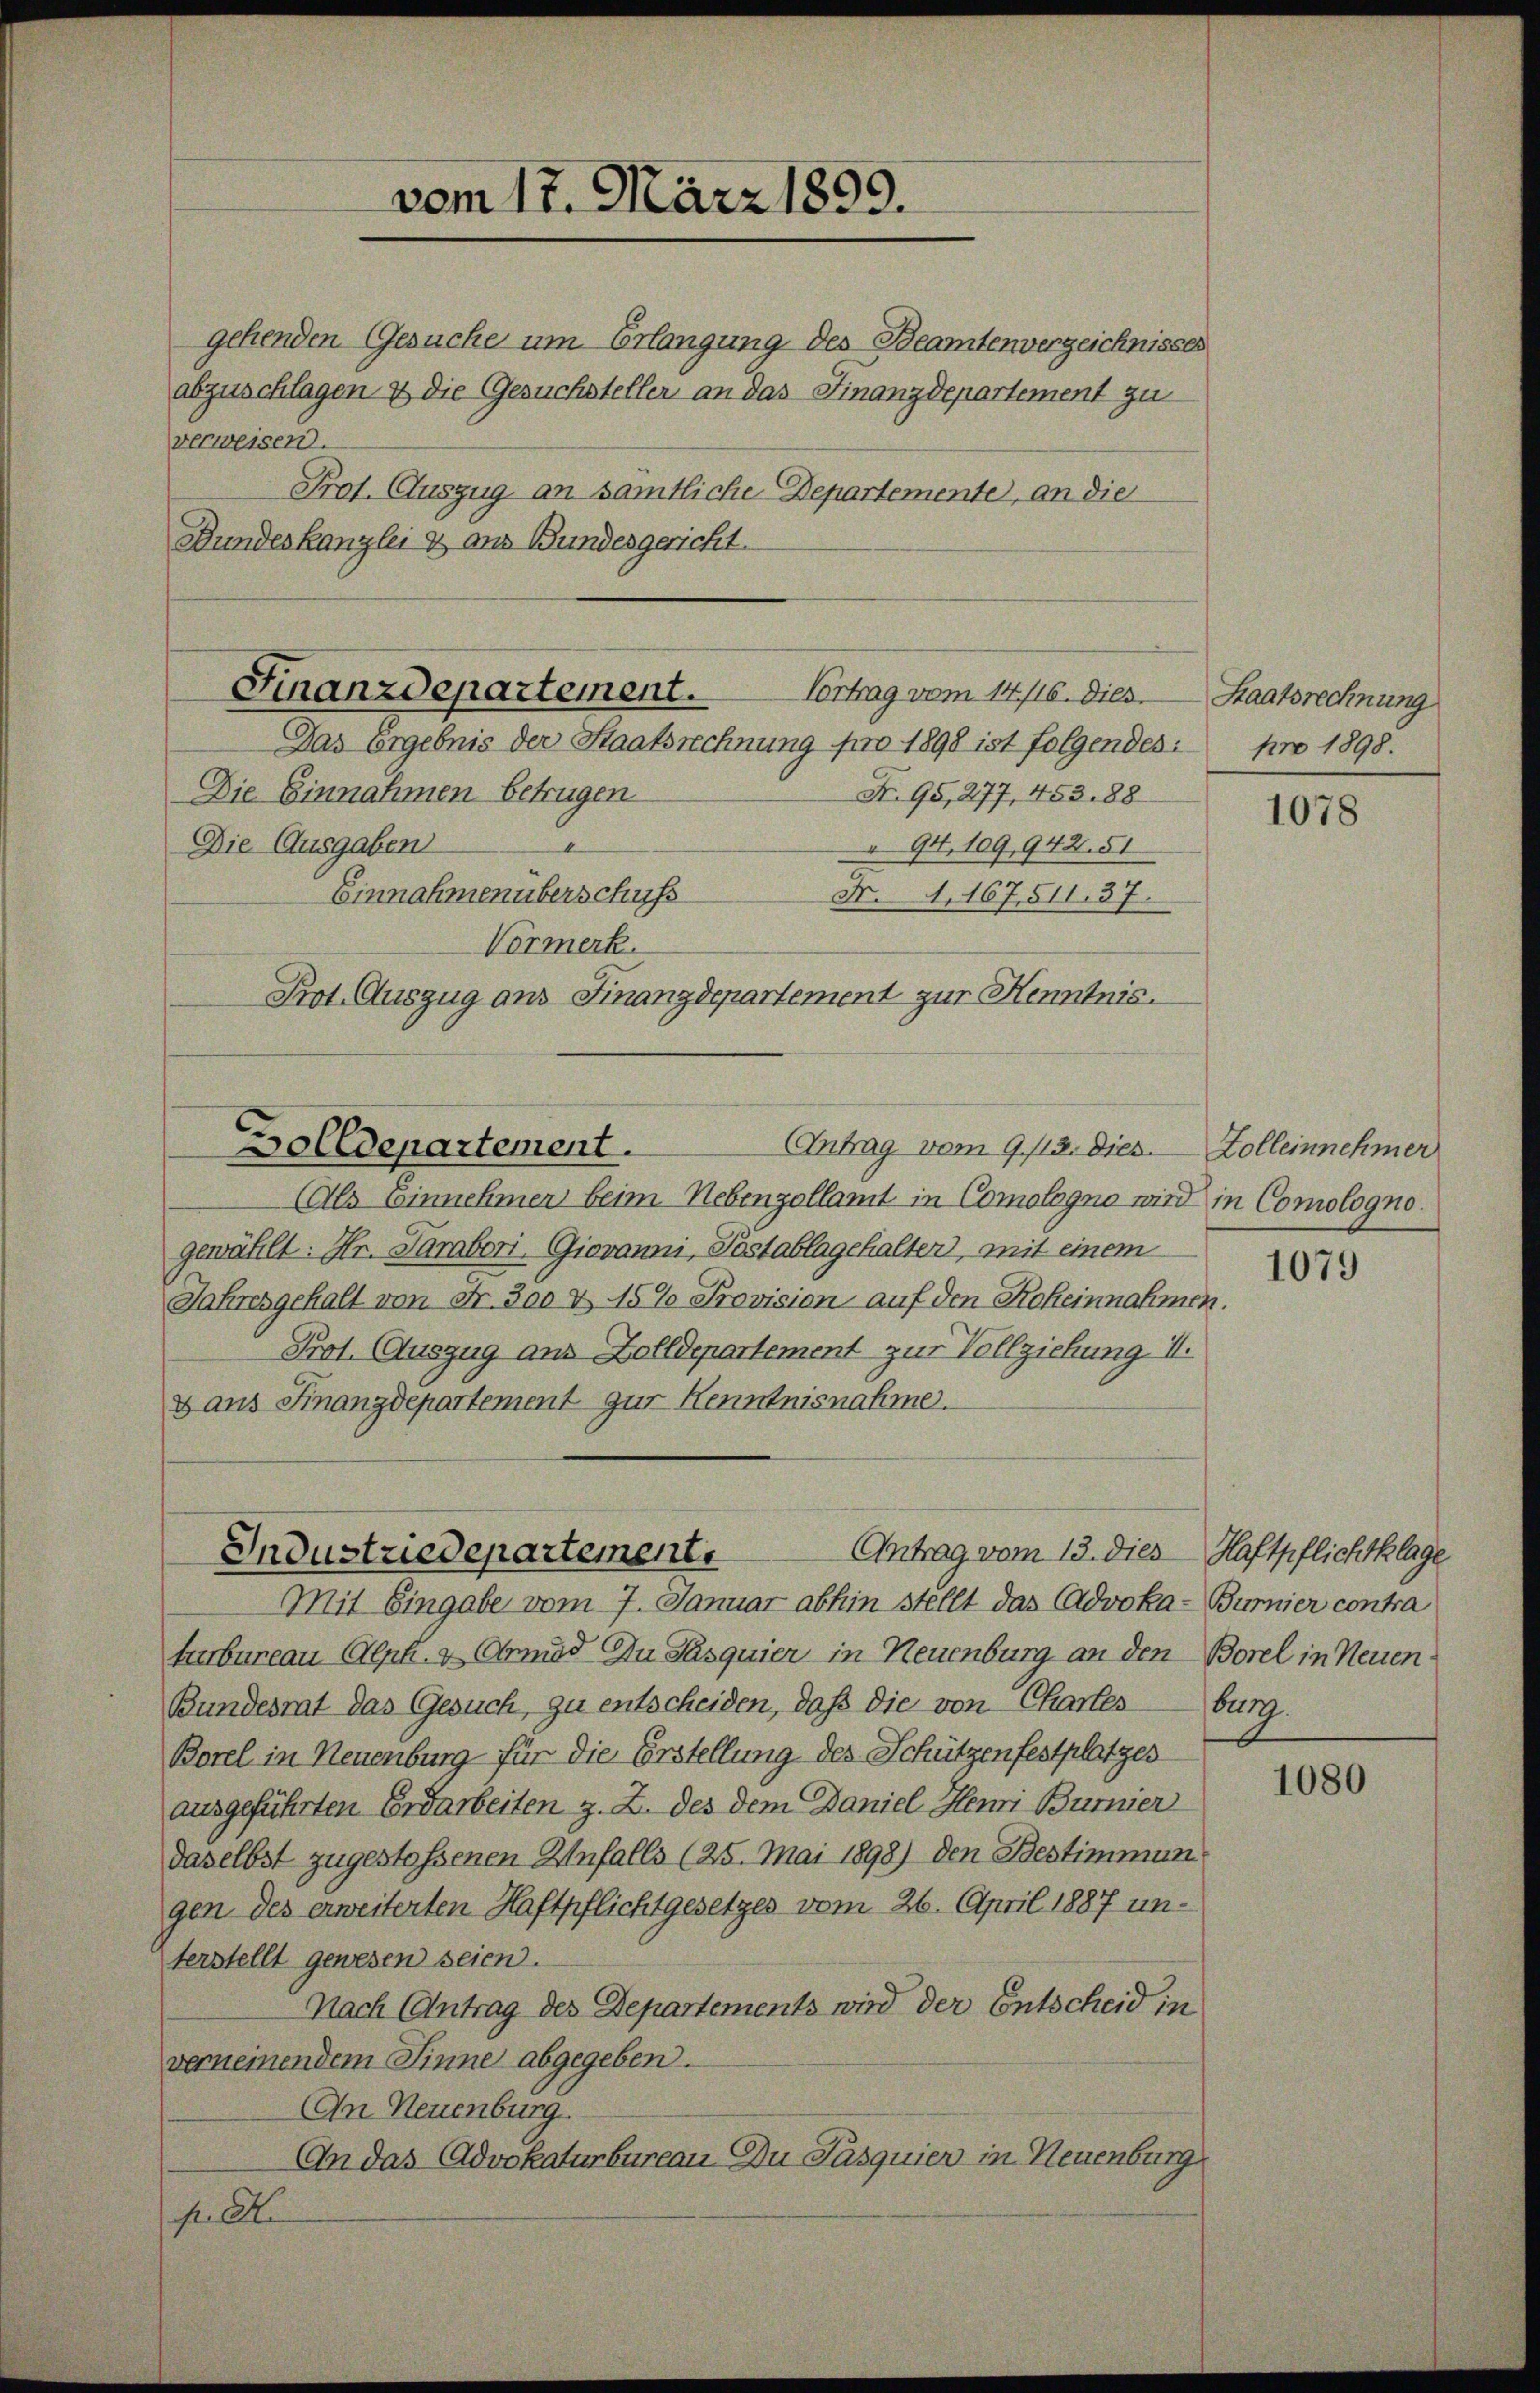
gehenden Gesuche um Erlangung des Beamtenverzeichnisses
abzuschlagen & die Gesuchsteller an das Finanzdepartement zu
verweisen.
Prof. Auszug an sämtliche Departemente, an die
Bundeskanzlei & aus Bundesgericht.

Finanzdepartement.
Vortrag vom 14./16. Dies.
Das Ergebnis der Staatsrechnung pro 1898 ist folgendes:

vom 17. März 1850.

N. 95, 277, 453. 88
Die Einnahmen betrügen
94. 109, 942. 51
Die Ausgaben
Einnahmen überschuss
N. N. 167511. 37.
Vormerk.
Prot. Auszug aus Finanzdepartement zur Henntnis.

Antrag vom 9. 113. Dies. Zolleinnehmer
Dolldepartement.

Industriedepartement.

Als Einnehmer beim Nebenzollamt in Comologno wird in Comologno.
gewählt: Hr. Parabori, Giovanni, Postablagehalten, mit einem
Jahresgehalt von Fr. 300 & 15% Provision auf den Roheinnahmen.
Prot. Auszug aus Zolldepartement zur Vollziehung II.
2 aus Finanzdepartement zur Kenntnisnahme.
Antrag vom 13. dies Haftpflichtklage
Mit Eingabe vom 7. Januar abhin stellt das Advoka-Burnier contra
turbureau Alph. & Obmad zu Pasquier in Neuenburg an den Borel in Neuen
Bundesrat das Gesuch, zu entscheiden, daß die von Chartes burg.
Borel in Neuenburg für die Erstellung des Schützenfestplatzes
ausgeführten Erdarbeiten z. Z. des dem Daniel Hemi Burnier
daselbst zugestossenen Unfalls (25. Mai 1898) den Bestimmungen des erweiterten Haftpflichtgesetzes vom 26. April 1887 unterstellt gewesen seien.
Nach Antrag des Departements wird der Entscheid in
verneinendem Sinne abgegeben.
An Neuenburg.
An das Advokaturbureau. Du Pasquier in Neuenburg
fr. Al

Staatsrechnung
pro 1898.

1078

1079

1080